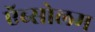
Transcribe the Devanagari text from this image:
ऍब्सोलम